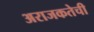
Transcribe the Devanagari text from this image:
अराजकतेची